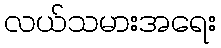
လယ်သမားအရေး